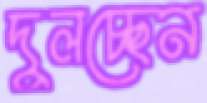
দুলচ্ছেন